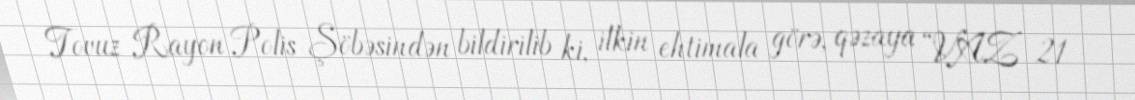
Tovuz Rayon Polis Şöbəsindən bildirilib ki, ilkin ehtimala görə, qəzaya “VAZ 21